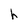
Character: h